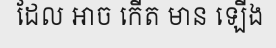
ដែល អាច កើត មាន ឡើង